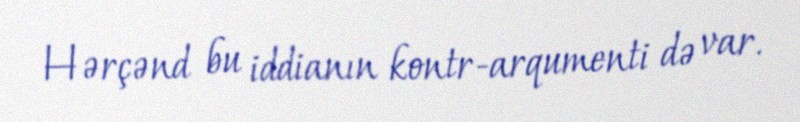
Hərçənd bu iddianın kontr-arqumenti də var.